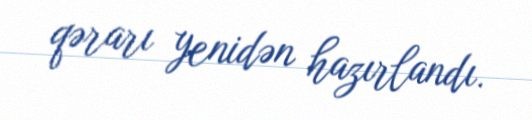
qərarı yenidən hazırlandı.